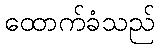
ထောက်ခံသည်